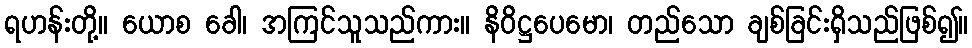
ရဟန်းတို့။ ယောစ ခေါ၊ အကြင်သူသည်ကား။ နိဝိဋ္ဌပေမော၊ တည်သော ချစ်ခြင်းရှိသည်ဖြစ်၍။